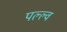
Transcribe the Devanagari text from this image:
पल्ल्व